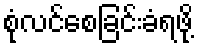
စုံလင်စေခြင်းခံရဖို့